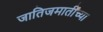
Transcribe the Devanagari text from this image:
जातिजमातींच्या